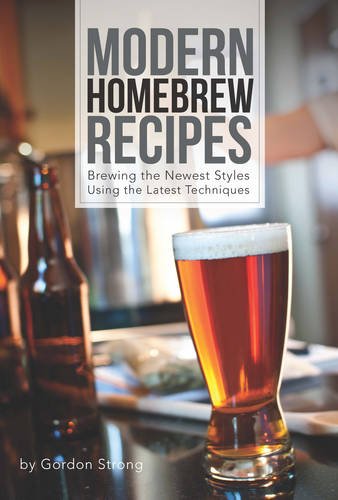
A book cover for Modern Homebrew Recipes: Exploring Styles and Contemporary Techniques; Gordon Strong; Cookbooks, Food & Wine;